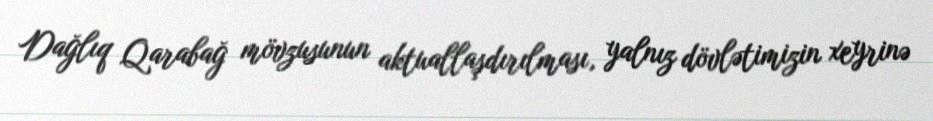
Dağlıq Qarabağ mövzusunun aktuallaşdırılması, yalnız dövlətimizin xeyrinə